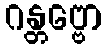
ဂန္တဗ္ဗော